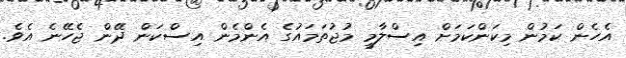
އެހެން ކަމުން މިކަންކަމަށް އިސްލާމީ މުޖުތަމައުގެ އެންމެން އިސްކަން ދޭން ޖެހޭނެ އެވެ.